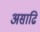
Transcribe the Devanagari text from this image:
असाढि